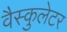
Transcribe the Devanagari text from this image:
वैस्कुलेटर